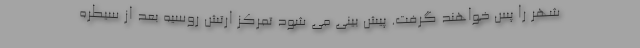
شهر را پس خواهند گرفت. پیش بینی می شود تمرکز ارتش روسیه بعد از سیطره